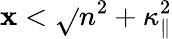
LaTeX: \mathbf{x}<\sqrt{}{{n^{2}+\kappa_{\| }^{2}}}